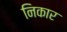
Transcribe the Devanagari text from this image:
निकार